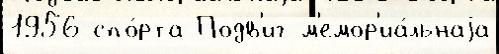
1956 спо́рта Подв'иг м'емор'иа́льнаjа